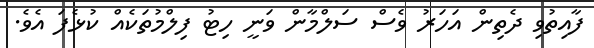
ފާއިތުވި ދެތިން އަހަރު ވެސް ސަލްމާން ވަނީ ހިޓު ފިލްމުތަކެއް ކުޅެފަ އެވެ.